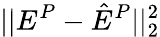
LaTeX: ||E^{P}-\hat{E}^{P}||_{2}^{2}